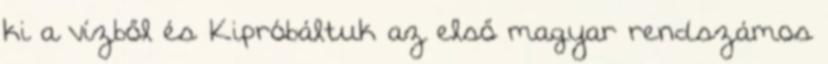
ki a vízből és Kipróbáltuk az első magyar rendszámos